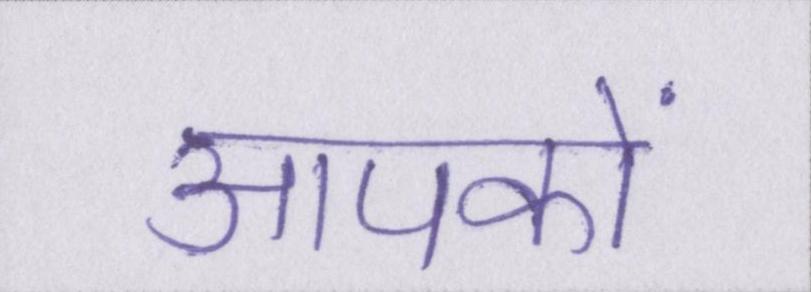
आपकों